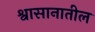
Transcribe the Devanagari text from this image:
श्वासानातील